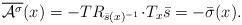
LaTeX: \begin{align*}\overline{\mathcal{A}^\sigma}(x)=-TR_{\bar s(x)^{-1}}\!\cdot\!T_x\bar s=-\bar\sigma(x).\end{align*}